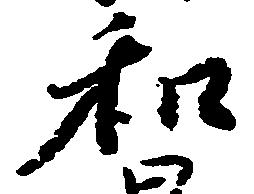
和